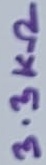
Text: 3.3KΩ